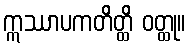
ဣဿာပကတိတ္ထိ ဝတ္ထု။